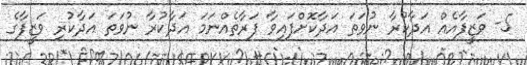
5- ވަޒީފާއެއް އަދާކުރާ ނުވަތަ އަދާކޮށްފައިވާ ފަރާތެއްނަމަ އަދާކުރާ ނުވަތަ އަދާކުރި ވަޒީފާގެ